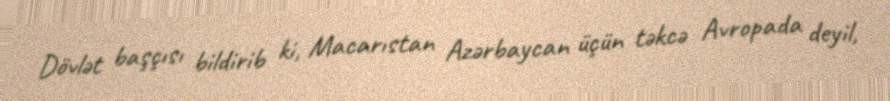
Dövlət başçısı bildirib ki, Macarıstan Azərbaycan üçün təkcə Avropada deyil,